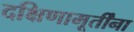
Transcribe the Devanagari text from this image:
दक्षिणामूर्तींना